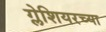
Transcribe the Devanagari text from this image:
ग्लेशियरच्या